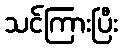
သင်ကြားပြီး